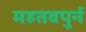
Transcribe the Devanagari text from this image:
महतवपुर्न